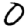
Digit: 0